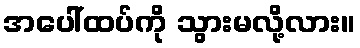
အပေါ်ထပ်ကို သွားမလို့လား။